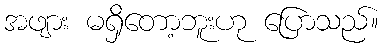
အဖျား မရှိတော့ဘူးဟု ပြောသည်။